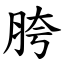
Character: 胯